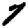
Digit: 7